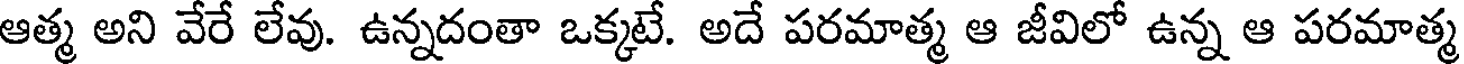
ఆత్మ అని వేరే లేవు. ఉన్నదంతా ఒక్కటే. అదే పరమాత్మ ఆ జీవిలో ఉన్న ఆ పరమాత్మ